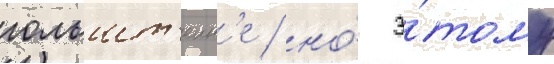
гольшт'еин'е / но́ э́тому